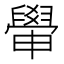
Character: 𦦠